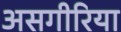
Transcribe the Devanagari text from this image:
असगीरिया